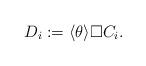
LaTeX: \begin{align*}D_i:=\langle \theta \rangle \Box C_i.\end{align*}